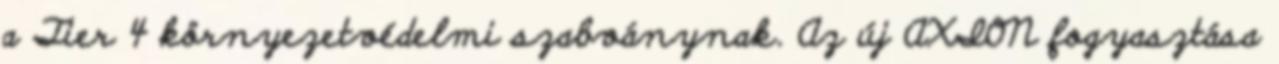
a Tier 4 környezetvédelmi szabványnak. Az új AXION fogyasztása